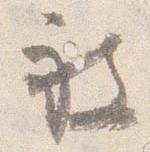
被